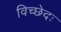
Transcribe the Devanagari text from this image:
विच्छेदः